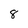
Character: 8